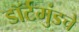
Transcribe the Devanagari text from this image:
डॉर्टमुंडचे